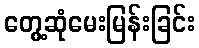
တွေ့ဆုံမေးမြန်းခြင်း